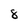
Character: 8